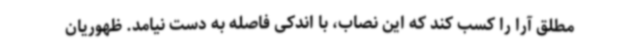
مطلق آرا را کسب کند که این نصاب، با اندکی فاصله به دست نیامد. ظهوریان